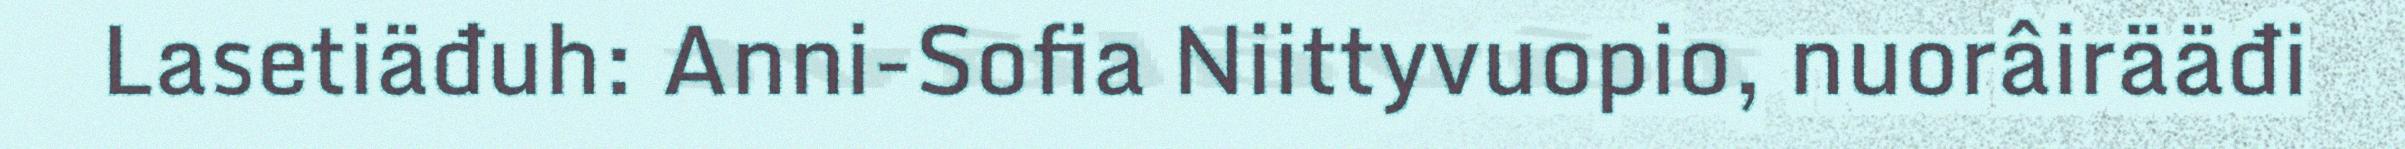
Lasetiäđuh: Anni-Sofia Niittyvuopio, nuorâirääđi